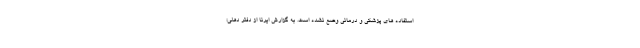
استفاده های پزشکی و درمانی وضع نشده است. به گزارش ایرنا از دفتر دهلی؛